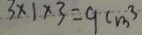
3 \times 1 \times 3 = 9 c m ^ { 3 }